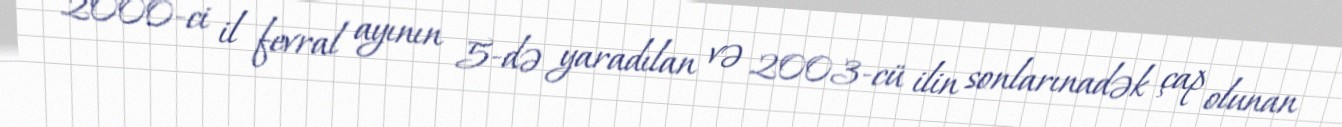
2000-ci il fevral ayının 5-də yaradılan və 2003-cü ilin sonlarınadək çap olunan